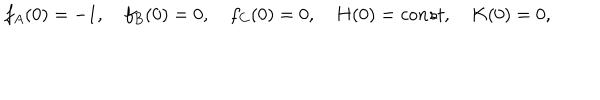
f _ { A } ( 0 ) = - 1 , \quad f _ { B } ( 0 ) = 0 , \quad f _ { C } ( 0 ) = 0 , \quad H ( 0 ) = c o n s t , \quad K ( 0 ) = 0 ,